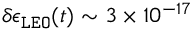
\delta \epsilon _ { \tt L E O } ( t ) \sim 3 \times 1 0 ^ { - 1 7 }